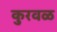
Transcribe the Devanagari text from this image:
कुरवळ